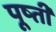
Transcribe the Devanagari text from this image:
पूष्ती